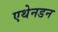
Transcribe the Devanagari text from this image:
एथेनडन